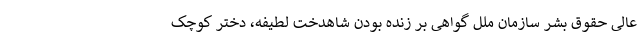
عالی حقوق بشر سازمان ملل گواهی بر زنده بودن شاهدخت لطیفه، دختر کوچک